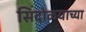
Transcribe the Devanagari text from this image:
सिंदोळ्याच्या